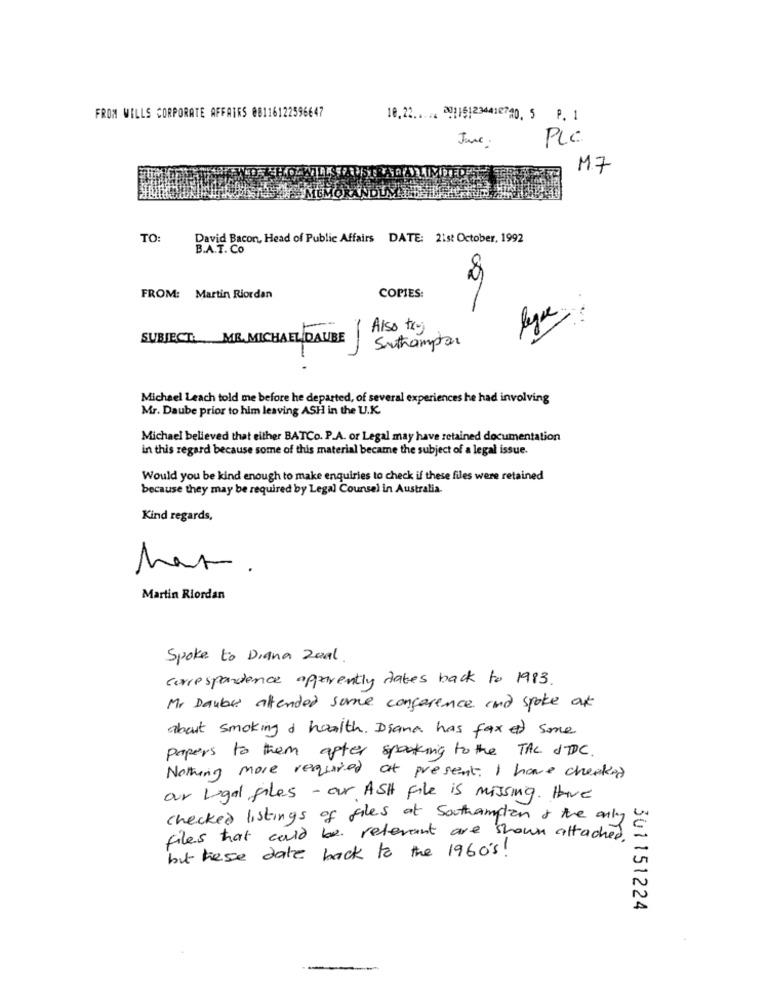
FROM WELLS CORPORATE AFFAIRS 08116122596647
18,22 .. .. 2015123418740, 5 P. 1
June .
PLC
M.7
TO:
David Bacon, Head of Public Affairs DATE: 21st October, 1992
B.A.T. Co
COPIES:
FROM: Martin Riordan
Also try
SUBJECT: MR. MICHAEL DAUBE
Sithampar
-
-
Michael Leach told me before he departed, of several experiences he had involving
Mr. Daube prior to him leaving ASH in the U.K.
Michael believed that either BATCo. P.A. or Legal may have retained documentation
in this regard because some of this material became the subject of a legal issue.
Would you be kind enough to make enquiries to check if these files were retained
because they may be required by Legal Counsel in Australia.
Kind regards,
har.
Martin Riordan
Spoke to Diana Zoal
correspondence apparently takes back to 1983.
Mr Daube attended some conference and spoke at
about smoking a health. Diana has fax et some
papers to them after speaking to the TAC STIDC.
Nothing more required at present. I have checked
our Logal files - ar ASH File is missing. Have
checked listings of files at southampton & the only
files that could be relevant are shown attached.
but these date back to the 1960's !
301151224